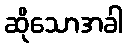
ဆိုသောအခါ